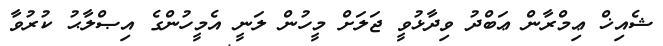
ޝެއިޚް ޢިމްރާން ޢަބްދު ވިދާޅުވީ ޖަލަށް މީހުން ލަނީ އެމީހުންގެ އިޞްލާޙު ކުރުވާ